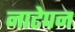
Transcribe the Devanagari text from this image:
नाटेपन